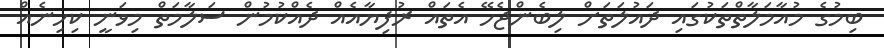
ބިމުގެ މުއާމަލާތްތަކުގައި ދައުލަތަށް ލިބެންޖެހޭ އެތައް ރުފިޔާއެއް ދެއްކުމުން ސަލާމަތް މިވަނީ ކިހިނެއް